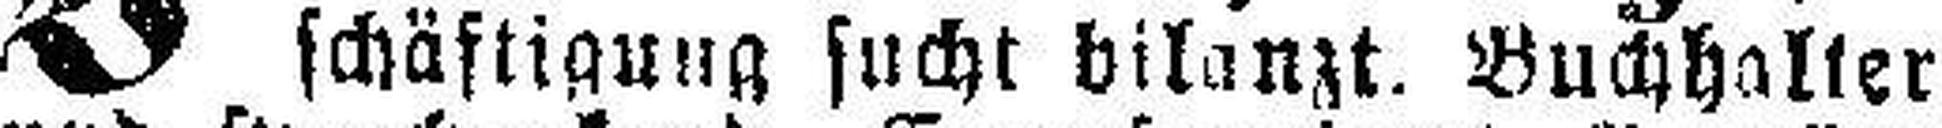
schäftigung sucht bilanzt. Buchhalter